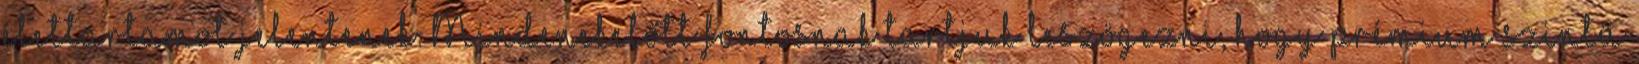
élettartamot jelentenek. Mindenekelőtt fontosnak tartjuk leszögezni, hogy prémium szintű